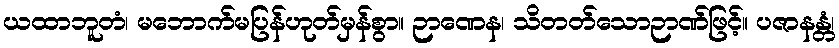
ယထာဘူတံ၊ မဘောက်မပြန်ဟုတ်မှန်စွာ။ ဉာဏေန၊ သိတတ်သောဉာဏ်ဖြင့်။ ပဇာနန္တံ၊